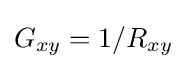
G_{xy}=1/R_{xy}